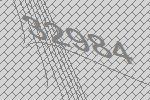
32984